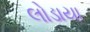
લોડાયા